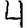
Digit: 4